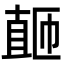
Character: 𬑚